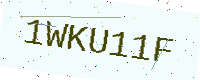
Text: 1WKU11F